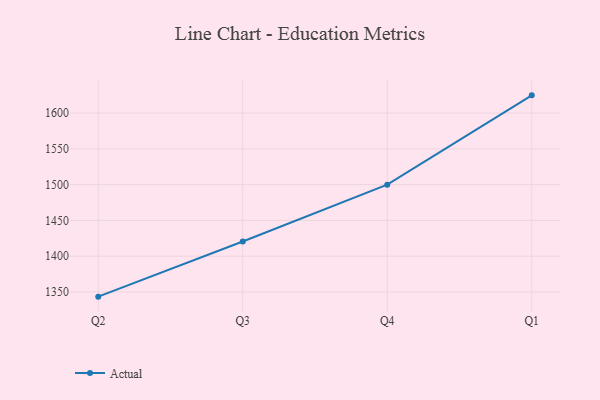
{"axis": {"x": "Quarter", "y": "Market Share (%)"}, "legend": ["Actual"], "data": [{"x": "Q2", "y": 1343.5, "type": "Actual"}, {"x": "Q3", "y": 1420.6, "type": "Actual"}, {"x": "Q4", "y": 1500.0, "type": "Actual"}, {"x": "Q1", "y": 1624.8, "type": "Actual"}]}